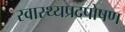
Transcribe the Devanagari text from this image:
स्वास्थ्यप्रदपोषण